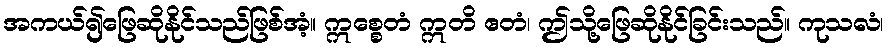
အကယ်၍ဖြေဆိုနိုင်သည်ဖြစ်အံ့။ ဣစ္စေတံ ဣတိ ဧတံ၊ ဤသို့ဖြေဆိုနိုင်ခြင်းသည်။ ကုသလံ၊